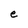
Character: e